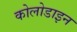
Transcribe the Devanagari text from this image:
कोलोडाइन